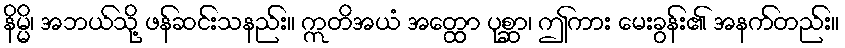
နိမ္မိ၊ အဘယ်သို့ ဖန်ဆင်းသနည်း။ ဣတိအယံ အတ္ထော ပုစ္ဆာ၊ ဤကား မေးခွန်း၏ အနက်တည်း။